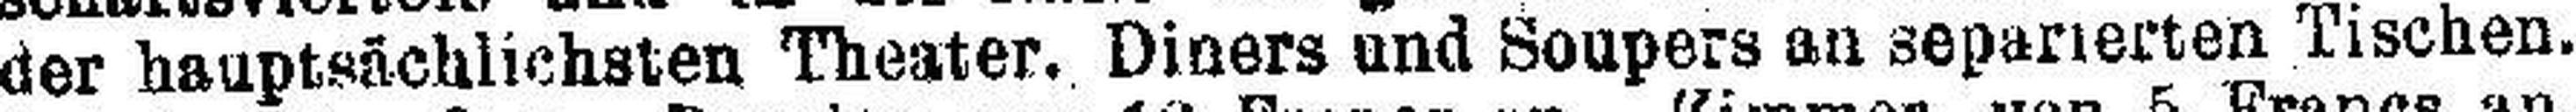
der hauptsächlichsten Theater. Diners und Soupers an separierten Tischen.